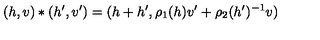
( h , v ) \ast ( h ^ { \prime } , v ^ { \prime } ) = ( h + h ^ { \prime } , \rho _ { 1 } ( h ) v ^ { \prime } + \rho _ { 2 } ( h ^ { \prime } ) ^ { - 1 } v )